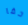
حقا